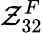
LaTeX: \mathcal{Z}_{32}^{F}